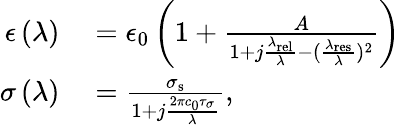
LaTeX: \begin{array}{rl}{\epsilon\left(\lambda\right)}&{{}=\epsilon_{0}\left(1+\frac{A}{1+j\frac{\lambda_{\mathrm{{rel}}}}{\lambda}-(\frac{\lambda_{\mathrm{{res}}}}{\lambda})^{2}}\right)}\\ {\sigma\left(\lambda\right)}&{{}=\frac{\sigma_{\mathrm{{s}}}}{1+j\frac{2\pi c_{0}\tau_{\sigma}}{\lambda}},}\end{array}